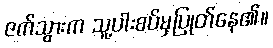
ဇက်သွားက သူ့ပါးစပ်မှပြုတ်နေ၏။